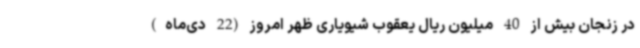
در زنجان بیش از 40 میلیون ریال یعقوب شیویاری ظهر امروز (22 دی‌ماه)